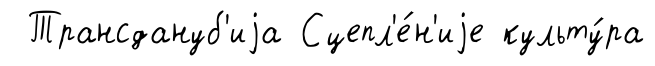
Трансдануб'иjа Сцепл'е́н'иjе культу́ра